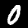
Digit: 0